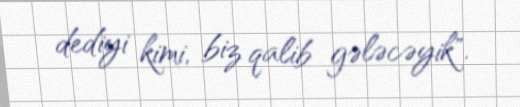
dediyi kimi, biz qalib gələcəyik".